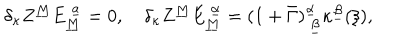
LaTeX: \delta _ { \kappa } Z ^ { \underline { { M } } } E _ { \underline { { M } } } ^ { ~ \underline { { a } } } = 0 , \quad \delta _ { \kappa } Z ^ { \underline { { M } } } E _ { \underline { { M } } } ^ { ~ \underline { { \alpha } } } = ( 1 + \bar { \Gamma } ) _ { ~ \underline { { \beta } } } ^ { \underline { { \alpha } } } \kappa ^ { \underline { { \beta } } } ( \xi ) ,